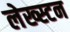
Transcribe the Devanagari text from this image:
लेख्स्टन